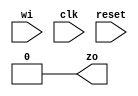
module fsm_basic(wi, clk, reset, zo);
input wi, clk, reset;
output zo;

parameter IDLE = 2'b00; 
parameter S0   = 2'b01;
parameter S1   = 2'b10;

reg [1:0] curr_state;
reg zo;

always @(posedge clk, negedge reset)
  if (!reset)  begin 
    curr_state <=  IDLE;
  end
  else begin
    case (curr_state)
      IDLE   : if (wi)  curr_state <= S0;
               else     curr_state <= IDLE;
      S0     : if (wi)  curr_state <= S1;
               else     curr_state <= IDLE;
      S1     : if (wi)  curr_state <= S1;
               else     curr_state <= IDLE;
      default: curr_state <= IDLE;
    endcase
    end
  

always @(*)
  case (curr_state)
    IDLE    : zo = 1'b0;
    S0      : zo = 1'b0;
    S1      : zo = 1'b0;
    default : zo = 1'b0;
  endcase
endmodule